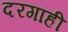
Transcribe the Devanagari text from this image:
दरगाही